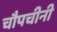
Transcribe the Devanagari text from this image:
चौपचीनी